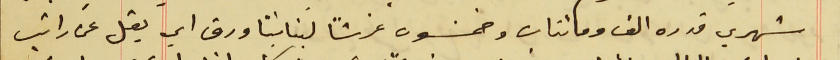
شهري قدره الف ومائتان وخمسَون غرشاً لبنانيًا ورق اي يقل عن راتب